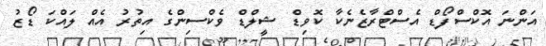
އަންނަ އޮކްސްފޯޑް އެސްޓްރާޒެނެކާ ކޮވިޑް ޝީލްޑް ވެކްސިންގެ އިތުރު އެއް ލައްކަ ޑޯޒު